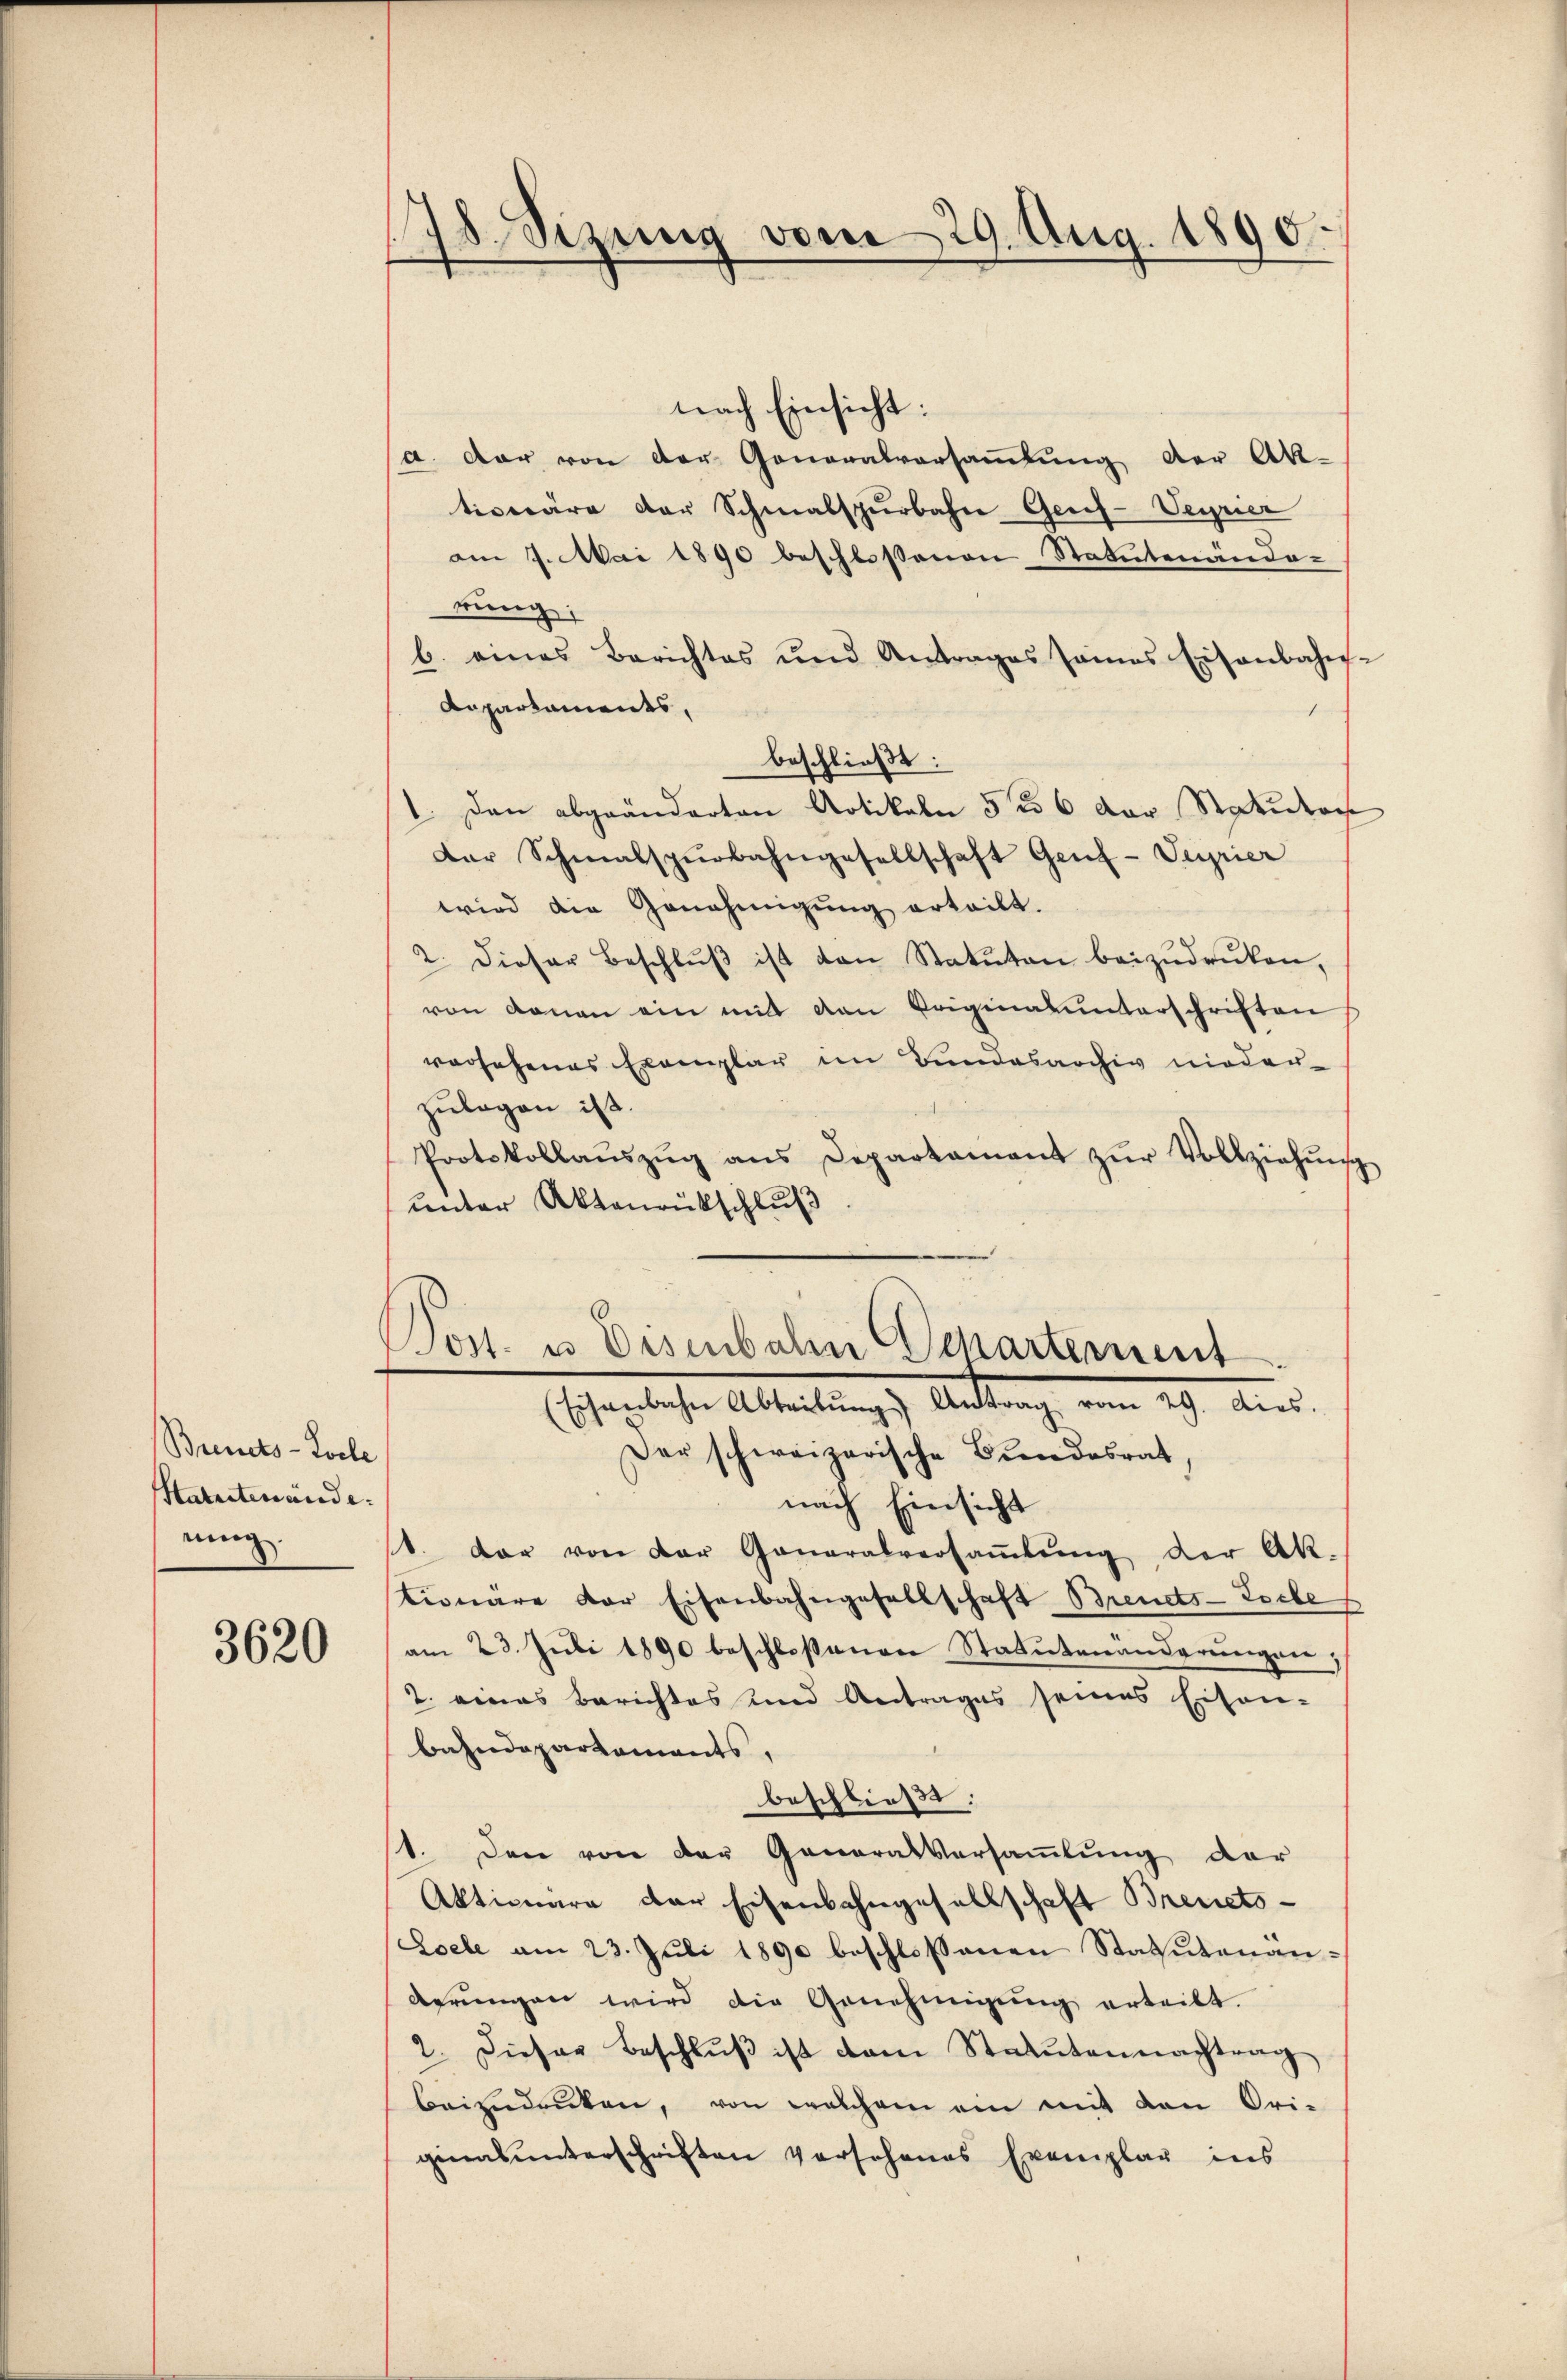
Brinets-Kocle
Statutenände:
nung.

3620

18. Sizung vom 29. Aug. 1890.
e

nach Einsicht:
a. dar von der Generalversammlung der Ak-
tionäre der Schmalspurbahne Gesch-Verrier
am 9. Mai 1890 beschlossenen Statutenände-
rung:
b. eines Berichtes und Antrages seines Eisenbahn-
Daparkaments,
beschließt:
1. Dann abgeänderten Artikeln 56 der Station
Der Schmalspurbahngesellschaft Genf-Supier
wird die Genehmigung erteilt.
2. Dieser Beschlŭβ ist von Statuten beizŭdrüken,
von donan ein mit van Originalunterschriften
vorsehenes Exemplar im Bundesarchiv nieder-
zulagen ist.
Protokollaŭszŭg ans Departament zŭr Vollziehŭng
unter Aktenrückschluß
Post. u. Eisenbahn Departement
(Eisenbahn Abteilŭng Antrag vom 29. dies.
Der schweizerische Bundesrat
nach Einsicht
1. dar von der Generalversaṁlŭng der Ak-
tionäre der Eisenbahngesellschaft Brendts-Loche
am 23. Juli 1890 beschloßenen Statutenanderŭngen;
2. eines Berichtes und Antrages seines Eisen-
Bahndepartements,
beschließt:
1. Den von der Generalversamlung der
Aktionare der Eisenbahngesellschaft Brevets-
Loele am 23. Juli 1890 beschlossenen Statutenanderŭngen wird die Genehmigŭng erteilt.
2. Dieser Beschlŭβ ist vom Statutennachtrag
beizŭdrüken, von welchem ein mit den Ori-
ginas unterschriften Vorschenes Exemplar ins